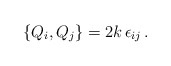
\begin{align*}\left\{ Q_i, Q_j \right\} = 2k \, \epsilon_{ij}\, .\end{align*}